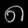
Digit: ၈